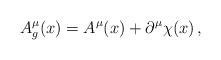
LaTeX: \begin{align*}A^\mu_g (x)=A^\mu(x)+\partial^\mu \chi(x) \, , \end{align*}